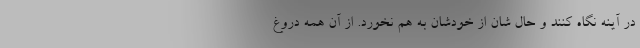
در آینه نگاه کنند و حال شان از خودشان به هم نخورد. از آن همه دروغ